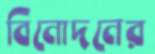
বিনোদনের